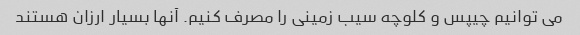
می توانیم چیپس و کلوچه سیب زمینی را مصرف کنیم. آنها بسیار ارزان هستند